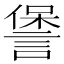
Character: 𮘧